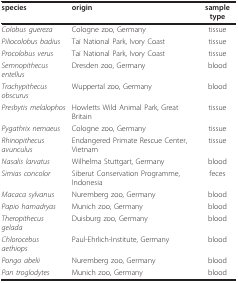
<table><thead><tr><td><b>species</b></td><td><b>origin</b></td><td><b>sample type</b></td></tr></thead><tbody><tr><td><i>Colobus guereza</i></td><td>Cologne zoo, Germany</td><td>tissue</td></tr><tr><td><i>Piliocolobus badius</i></td><td>Taï National Park, Ivory Coast</td><td>tissue</td></tr><tr><td><i>Procolobus verus</i></td><td>Taï National Park, Ivory Coast</td><td>tissue</td></tr><tr><td><i>Semnopithecus entellus</i></td><td>Dresden zoo, Germany</td><td>blood</td></tr><tr><td><i>Trachypithecus obscurus</i></td><td>Wuppertal zoo, Germany</td><td>blood</td></tr><tr><td><i>Presbytis melalophos</i></td><td>Howletts Wild Animal Park, Great Britain</td><td>tissue</td></tr><tr><td><i>Pygathrix nemaeus</i></td><td>Cologne zoo, Germany</td><td>tissue</td></tr><tr><td><i>Rhinopithecus avunculus</i></td><td>Endangered Primate Rescue Center, Vietnam</td><td>tissue</td></tr><tr><td><i>Nasalis larvatus</i></td><td>Wilhelma Stuttgart, Germany</td><td>blood</td></tr><tr><td><i>Simias concolor</i></td><td>Siberut Conservation Programme, Indonesia</td><td>feces</td></tr><tr><td><i>Macaca sylvanus</i></td><td>Nuremberg zoo, Germany</td><td>blood</td></tr><tr><td><i>Papio hamadryas</i></td><td>Munich zoo, Germany</td><td>blood</td></tr><tr><td><i>Theropithecus gelada</i></td><td>Duisburg zoo, Germany</td><td>blood</td></tr><tr><td><i>Chlorocebus aethiops</i></td><td>Paul-Ehrlich-Institute, Germany</td><td>blood</td></tr><tr><td><i>Pongo abelii</i></td><td>Nuremberg zoo, Germany</td><td>blood</td></tr><tr><td><i>Pan troglodytes</i></td><td>Munich zoo, Germany</td><td>blood</td></tr></tbody></table>